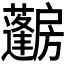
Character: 𱟨